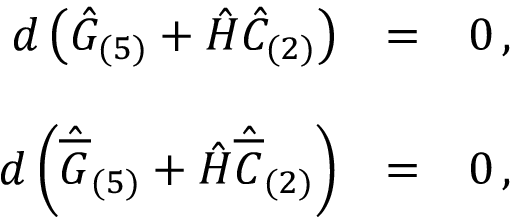
\begin{array} { r c l } { { d \left( \hat { G } _ { ( 5 ) } + \hat { H } \hat { C } _ { ( 2 ) } \right) } } & { { = } } & { { 0 \, , } } \\ { { } } & { { } } & { { } } \\ { { d \left( \hat { \overline { { { G } } } } _ { ( 5 ) } + \hat { H } \hat { \overline { { { C } } } } _ { ( 2 ) } \right) } } & { { = } } & { { 0 \, , } } \end{array}